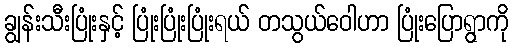
ချွန်းသီးပြုံးနှင့် ပြုံးပြုံးပြုံးရယ် တသွယ်ဝေါဟာ ပြုံးပြောရွာကို